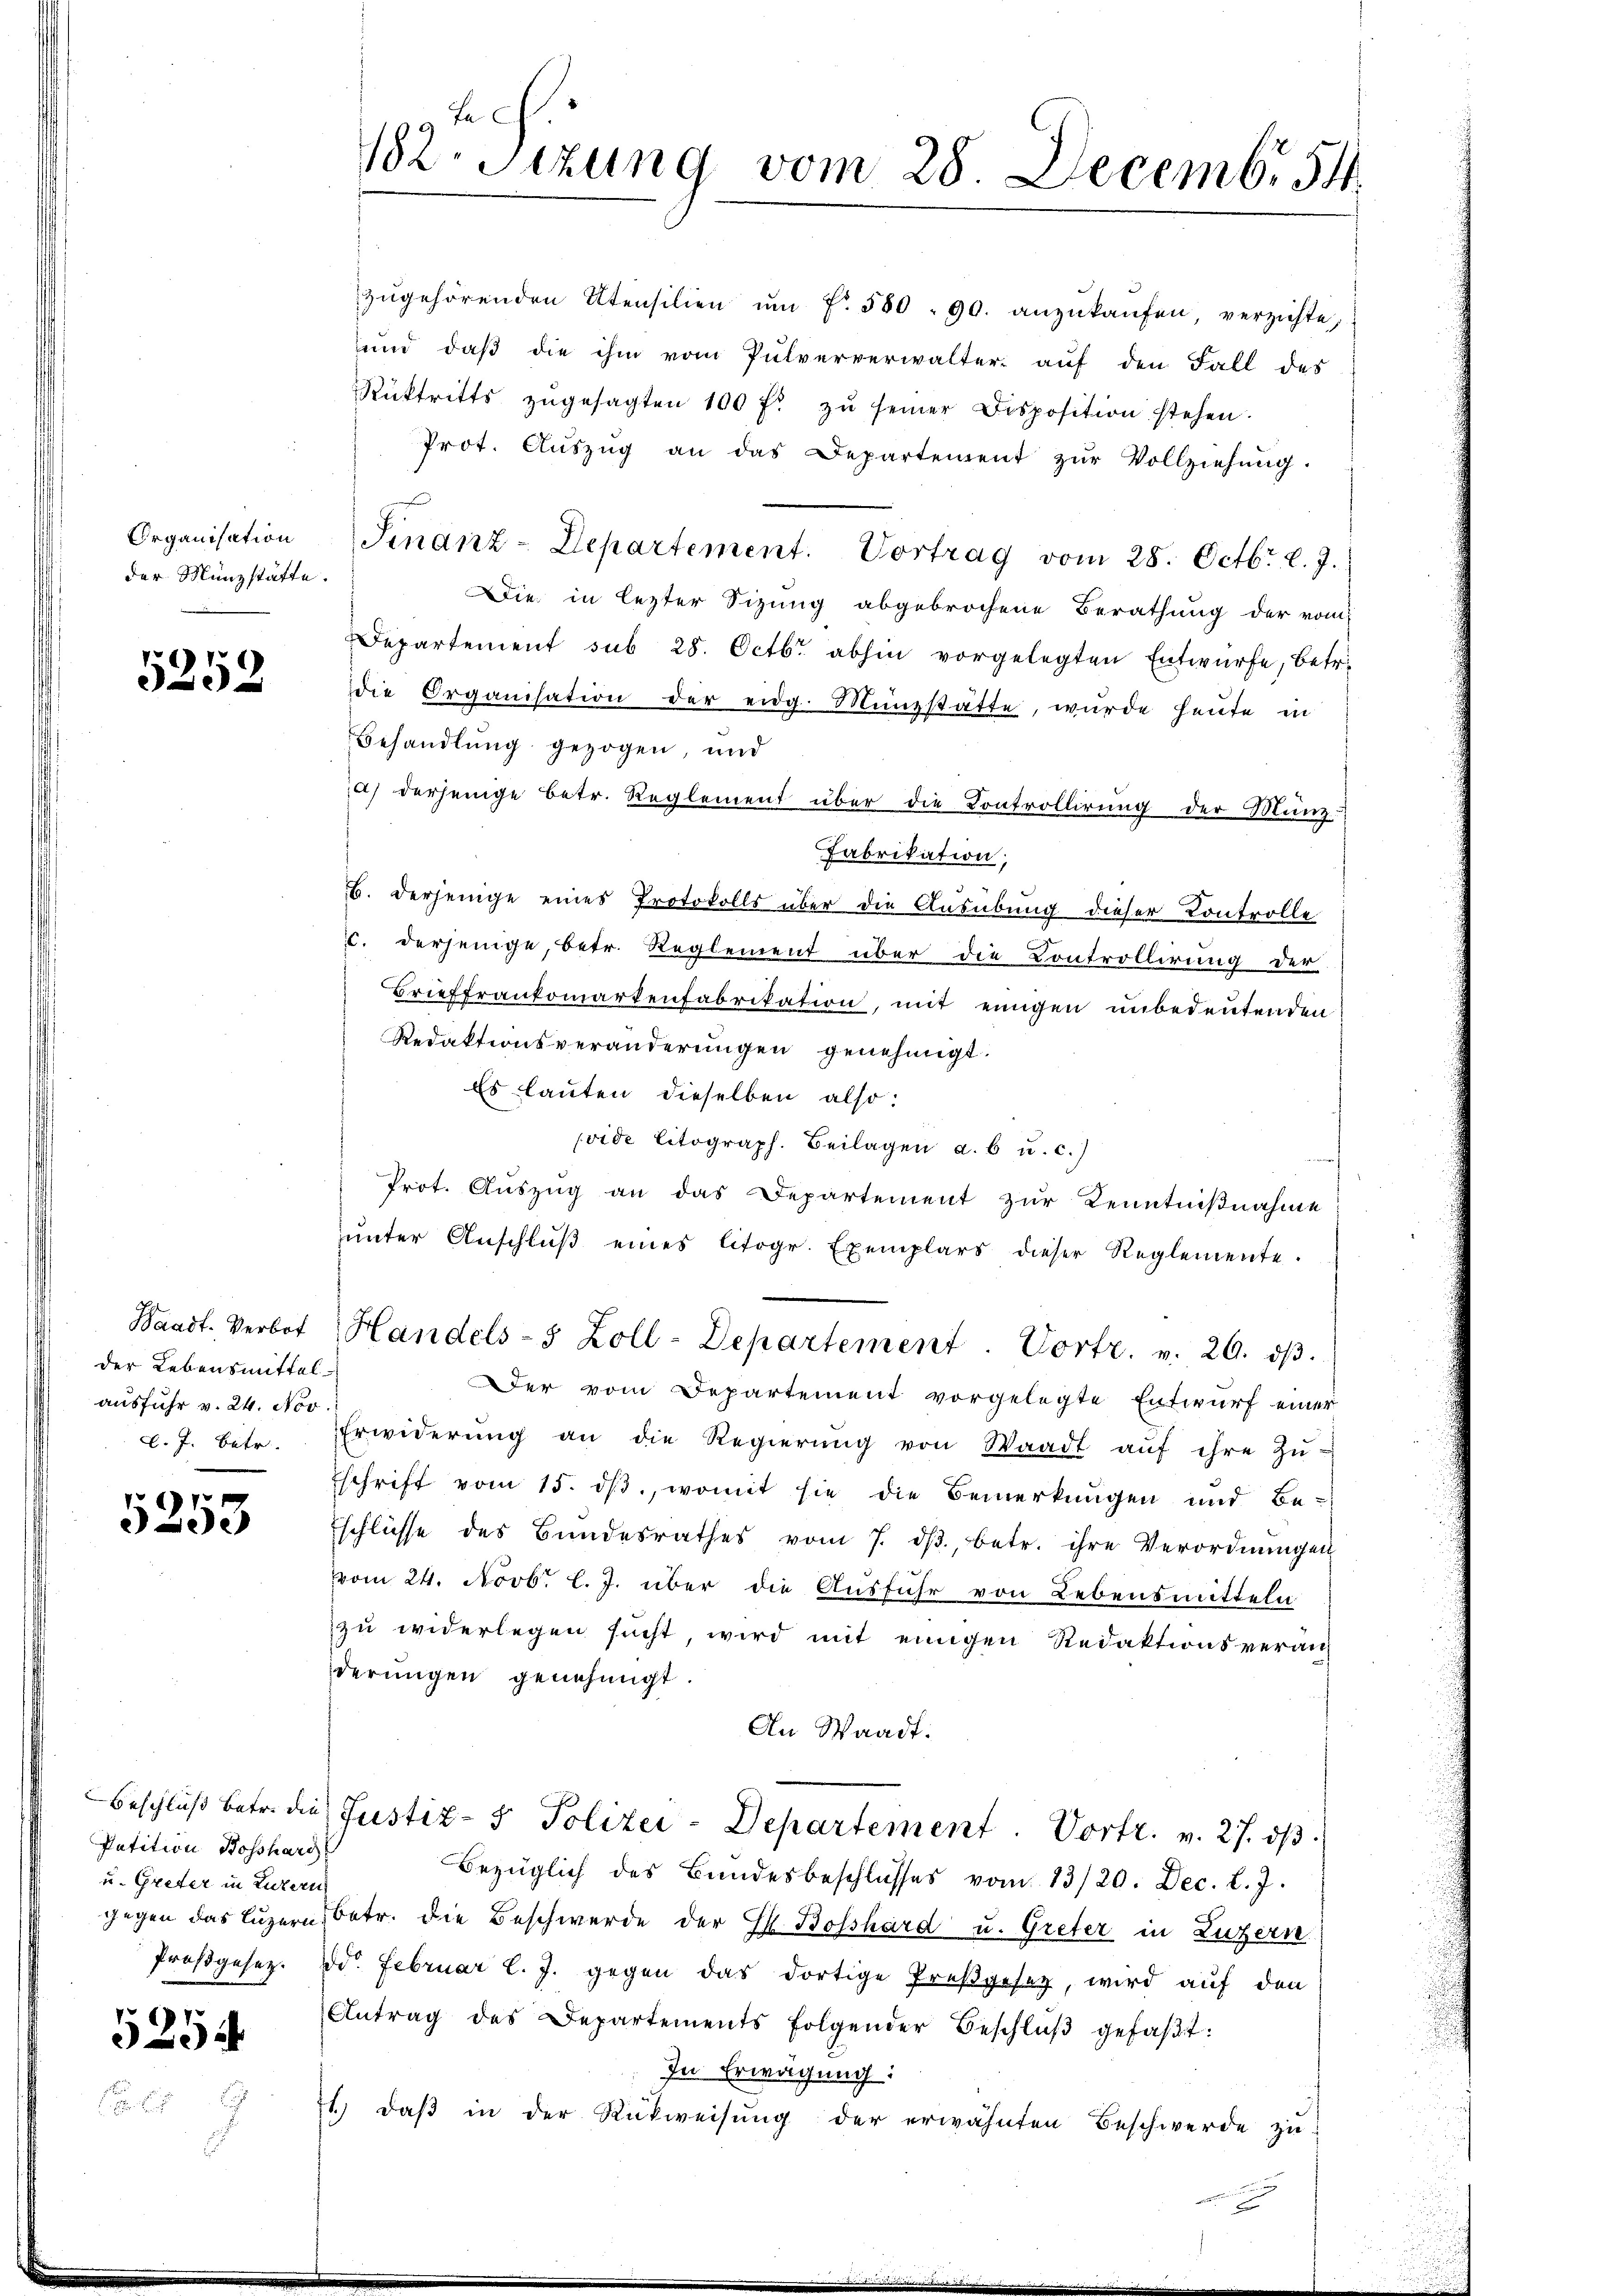
Organisation
der Münzstätte.

5252

der Lebensmittel
ausfuhr v. 24. Nov
l. J. Betr.

)
993

Petition Bosshars
u. Greter in Luzern

5254

u

tech
182. Sitzung vom 28. Decemb. 54.

zŭgehörenden Utensilien ŭm fr. 580. 90. anzŭkaŭfen, verzichte,
und daß die ihm vom Pulververwalter- aŭf den Fall des
Rücktritts zŭgesagten 100 f. zŭ seiner Disposition stehen.
Prot. Aŭszŭg an das Departement zŭr Vollziehŭng.
Finanz-Departement. Vortrag vom 28. Octbr. l. J.
Die in lezter Sizung abgebrochene Berathung der vom
Departement sub 28. Octbr. abhin vorgelegten Entwürfe, betr.
ie Organisation der eidg. Münzstätte, würde heŭte in
Behandlung gezogen, und
a) derjenige Betr. Reglement über die Controllirung der Manz
Fabrikation;
6. Derjenige eines Protokolls über die Ausübung dieser Controlle
c. derjenige, betr. Reglement über die Controllirung der
Brieffrankomartenfabrikation, mit einigen unbedeutenden
Redaktionsveränderungen genehmigt.
Es lauten dieselben also:
vide litograph. Beilagen a. b u. c.)
Prot. Auszug an das Departement zur Kenntnißnahme
ŭnter Anschlŭβ eines litogr. Exemplars dieser Reglemente.
Waadt. Verbot Handels- 5 Zoll-Departement. Vortr. v. 20. dβ.
Der vom Departement vorgelegte Entwurf einer
Erwiderŭng an die Regierŭng von Waadt aŭf ihre Zŭ-
Eschrift vom 15. dβ, womit sie die Bemerkungen und Be-
schlüsse des Bundesrathes vom 7. dβ, betr. ihre Verordnŭngen
vom 24. Novbr. l. J. über die Ausführ von Lebensmitteln
zu widerlegen sucht, wird mit einigen Redaktionsveran
derungen genehmigt.
An Waadt.
Beschluß betr. die Justiz- & Polizei-Departement. Vortr. v. 27. ds.
Bezüglich des Bundesbeschlŭsses vom 13/20. Dec. l. J.
gegen das Luzern, betr. die Beschwerde der F. Bosshard u. Greter in Luzern
Proβgesez. Dr. Februar l. J. gegen das dortige Preßgesetz, wird auf den
Antrag des Departements folgender Beschlŭβ gefaβt:
In Erwägung:
71. daβ in der Rückweisŭng der erwähnten Beschwerde zŭ